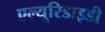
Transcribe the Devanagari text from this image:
एल्यूरिडाइडी